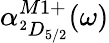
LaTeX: \alpha_{^2D_{5/2}}^{M1+}(\omega)